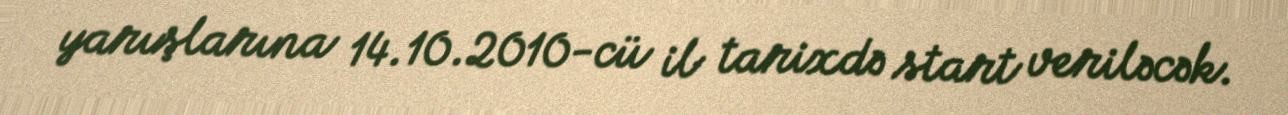
yarışlarına 14.10.2010-cü il tarixdə start veriləcək.